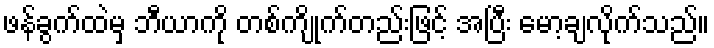
ဖန်ခွက်ထဲမှ ဘီယာကို တစ်ကျိုက်တည်းဖြင့် အပြီး မော့ချလိုက်သည်။